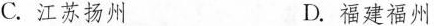
C.江苏扬州 D.福建福州